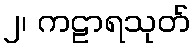
၂၊ ကဠာရသုတ်